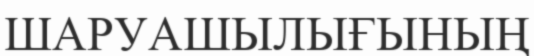
ШАРУАШЫЛЫҒЫНЫҢ